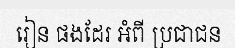
រៀន ផងដែរ អំពី ប្រជាជន